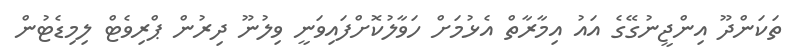
ތަކަންދޫ އިންޖީނުގޭގެ އައު އިމާރާތް އެޅުމަށް ހަވާލުކޮށްފައިވަނީ ވިލުނޫ ދިރުން ޕްރިވެޓް ލިމިޑެޓުން